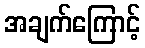
အချက်ကြောင့်